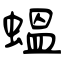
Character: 蝹